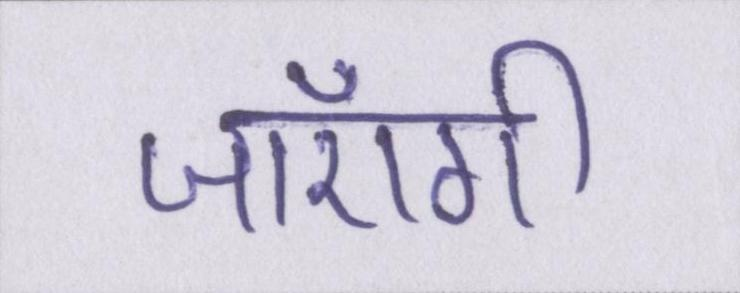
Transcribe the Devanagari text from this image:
जाएँगी